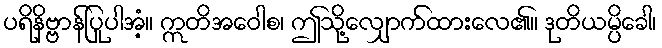
ပရိနိဗ္ဗာန်ပြုပါအံ့။ ဣတိအဝေါစ၊ ဤသို့လျှောက်ထားလေ၏။ ဒုတိယမ္ပိခေါ၊